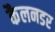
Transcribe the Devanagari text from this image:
कैलनडर